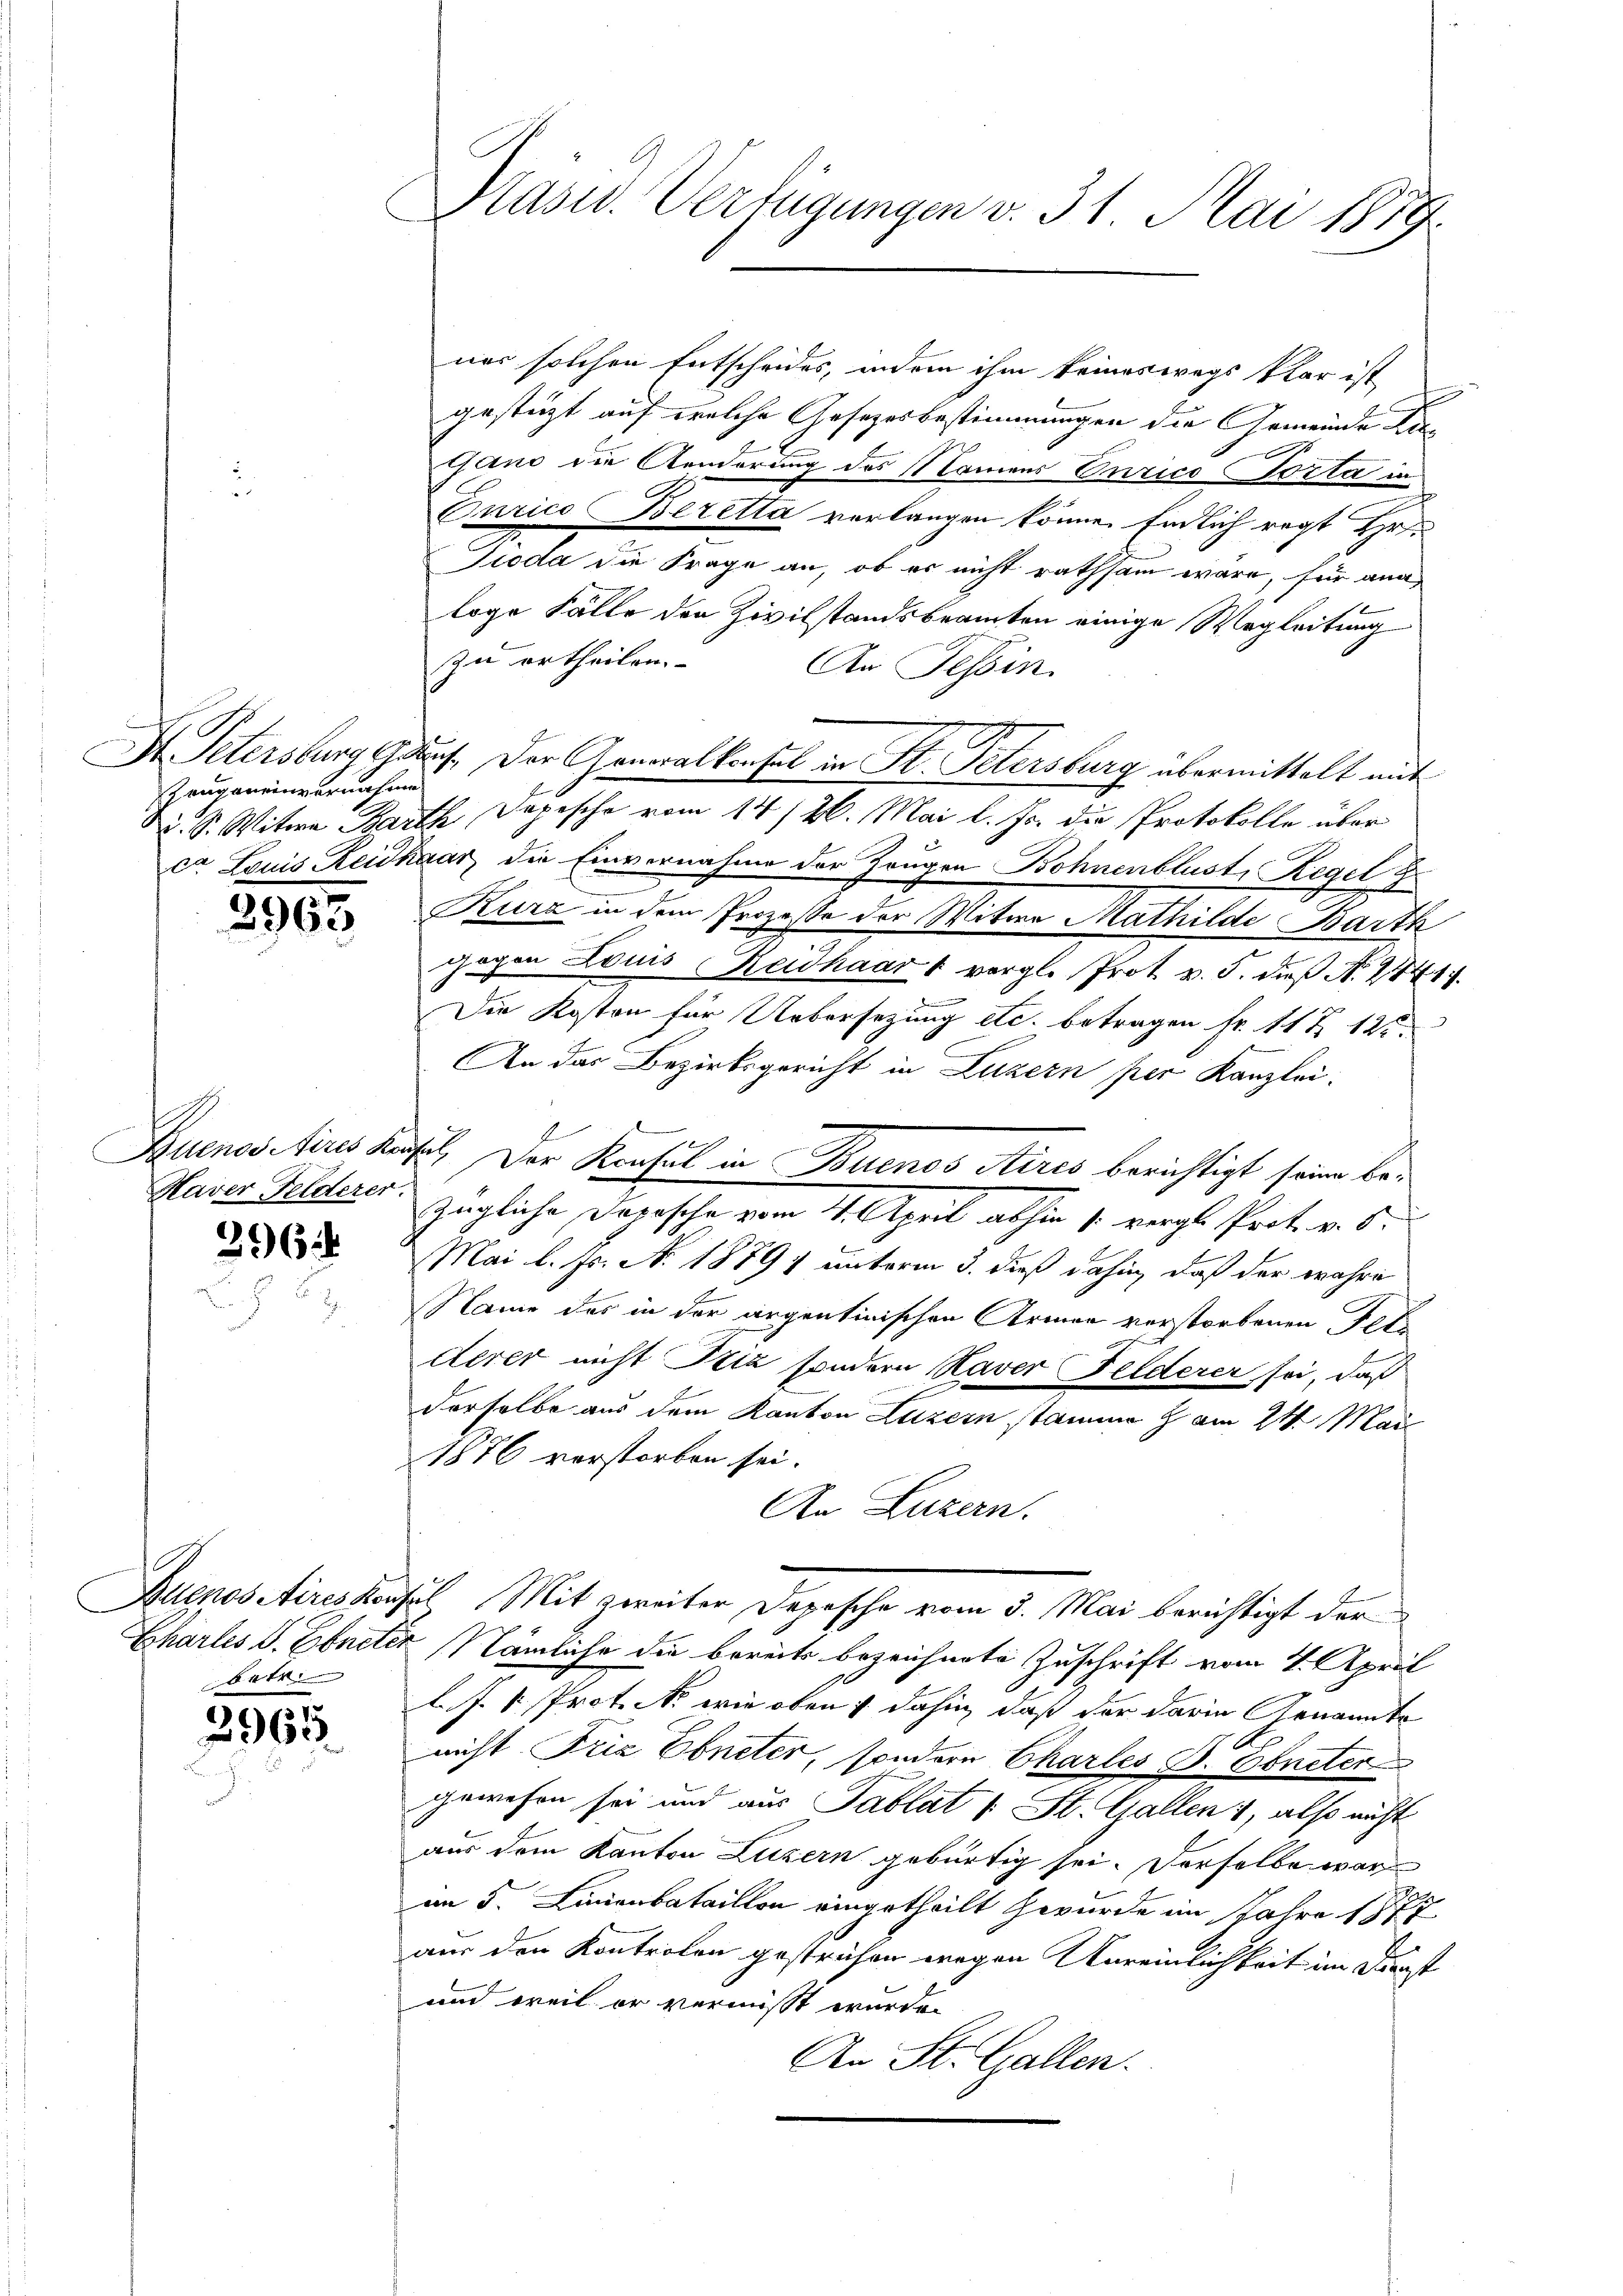
zangeneinvernahme

2963

Haver Felderer.

2962

betr.

2965.

Glasur. Verfügungen v. 31. Mai 1879.

ner solchen Entscheides, indem ihm keineswegs klar ist
gestüzt auf welche Gesetzesbestimmungen die Gemeinde Lietand die Aenderung des Namens Onrico Porta in
Curico Beretta verlangen könne. Endlich regt Hr.
Pioda die Frage an, ob es nicht rathsam wäre, für ang
loge Fälle den Zivilstandsbeamten einige Wegleitung
zu ertheilen.
An Tessin.
I. Petersburg auf. Der Generalkonsul in St. Petersburg übermittelt mit
d. S. Witwe Barth, Depesche vom 14/26. Mai l. Js. die Protokolle über
ca Louis Reidhaar, die Einvernahme der Zeugen Bohnenblust, Regel b
Kurz in dem Prozesse der Witwe Mathilde Barth
gegen Louis eidhaart vergl. Prot. v. 5. dieß No. 2841.
Dein
Die Kosten für Uebersezung etc. betragen Fr. 11 & 12
An das Bezirksgericht in Luzern per Kanzlei-
Buenos Aires Kunst. Der Konsul in Buenos Aires berichtigt seine bezügliche Depesche vom 4. April abhin 1. vergl. Prot. v. S.
Mai l. Js. No 1879, unterm 3. dieß dahin, daß der wahre
Name des in der argentinischen Armen verstorbenen Pete
derer nicht Ptiz sondern Haver Felderer sei, daß
derselbe aus dem Kanton Luzern stamme & am 24. Mai
1876 verstorben sei.
An Luzern.
Buenos Aires konsul Mit zweiter Depesche vom 5. Mai berichtigt der
Chartes S. Ebneter Nämliche die bereits bezeichnete Zuschrift vom 4. April
L. s. v. Prot. No wie oben ; dahin, daß der darin Genannte
nicht Friz Ebneter, sondern Charles B. Ebneten
gewesen sei und aus Tablat u St. Gallen, also nicht
aus dem Kanton Luzern gebürtig sei. Derselbe war
an 5 Linienbataillon eingetheilt wurde im Jahre 1877
aus den Kontrolon gestrichen wegen Vereinlichkeit im Dunst
und weil er vermisst wurde.
An St. Gallen.